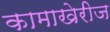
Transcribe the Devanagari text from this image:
कामाखेरीज